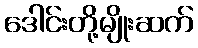
ဒေါင်းတို့မျိုးဆက်